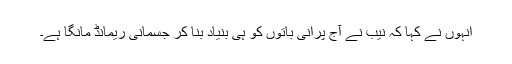
انہوں نے کہا کہ نیب نے آج پرانی باتوں کو ہی بنیاد بنا کر جسمانی ریمانڈ مانگا ہے۔